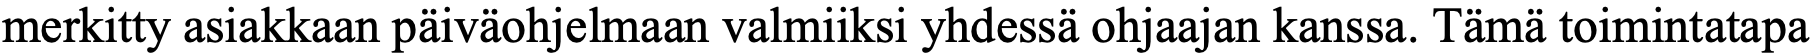
merkitty asiakkaan päiväohjelmaan valmiiksi yhdessä ohjaajan kanssa. Tämä toimintatapa